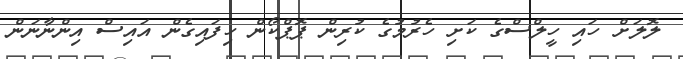
ލޮލަށް ހައި ހީލްސްގެ ކަށި ހެރުމުގެ ކުރިން ޕޮޕްކޯން ހިފައިގެން އައިސް އިންނާނަން